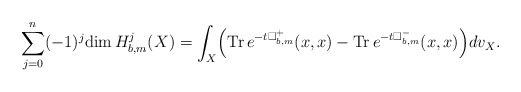
\begin{align*} \sum^n_{j=0}(-1)^j\mathrm{dim\,}H^j_{b,m}(X)=\int_X\Bigr(\mathrm{Tr\,}e^{-t\Box^+_{b,m}}(x,x)-\mathrm{Tr\,}e^{-t\Box^-_{b,m}}(x,x)\Bigr)dv_X.\end{align*}